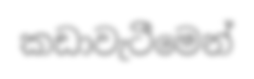
කඩාවැටීමෙන්